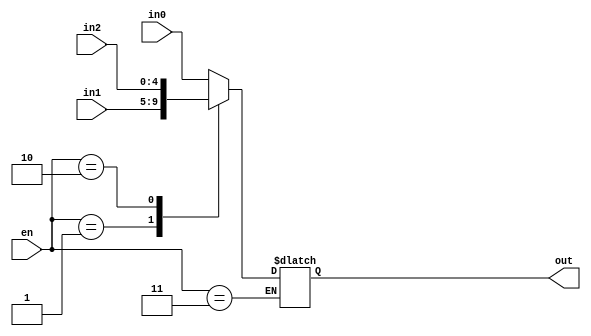
`timescale 1ns / 1ps
//////////////////////////////////////////////////////////////////////////////////
// Company: 
// Engineer: 
// 
// Design Name: 
// Module Name:    Select_5 
// Project Name: 
// Target Devices: 
// Tool versions: 
// Description: 
//
// Dependencies: 
//
// Revision: 
// Revision 0.01 - File Created
// Additional Comments: 
//
//////////////////////////////////////////////////////////////////////////////////

module Select_5(                    // 5
input [1:0] en,                           // 
input [4:0] in0, in1, in2,
output reg [4:0] out);
	always @ (*)
		case (en)
			2'b00: out = in0;
			2'b01: out = in1;
			2'b10: out = in2;
			2'b11: ;
		endcase
endmodule